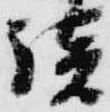
談